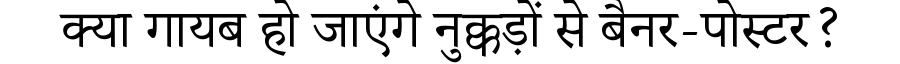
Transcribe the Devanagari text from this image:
क्या गायब हो जाएंगे नुक्कड़ों से बैनर-पोस्टर?